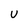
Character: U